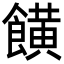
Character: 𩞩